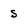
Character: s